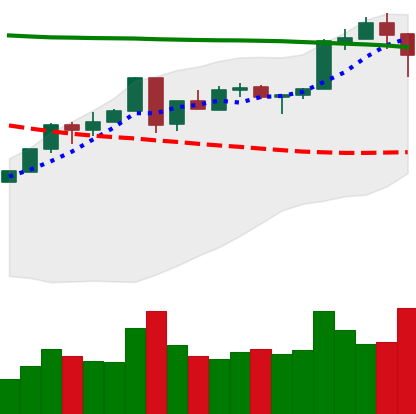
Ticker: ETH-USD
Chart end date: 2018-05-07
Forward return: -8.979%
Label: down_7plus